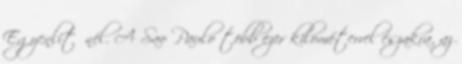
Egyenlítőnél. A Sao Paulo több ezer kilométerrel északra, az